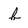
Character: b